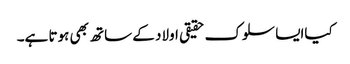
کیاایسا سلوک حقیقی اولاد کے ساتھ بھی ہوتا ہے۔